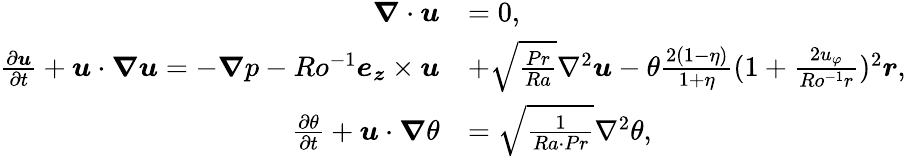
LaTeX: \begin{array}{rl}{\boldsymbol{\nabla}\cdot\boldsymbol{u}}&{=0,}\\ {\frac{\partial\boldsymbol{u}}{\partial t}+\boldsymbol{u}\cdot\boldsymbol{\nabla u}=-\boldsymbol{\nabla}p-Ro^{-1}\boldsymbol{e_{z}}\times\boldsymbol{u}}&{+\sqrt{\frac{Pr}{Ra}}\nabla^{2}\boldsymbol{u}-\theta\frac{2(1-\eta)}{1+\eta}(1+\frac{2u_{\varphi}}{Ro^{-1}r})^{2}\boldsymbol{r},}\\ {\frac{\partial\theta}{\partial t}+\boldsymbol{u}\cdot\boldsymbol{\nabla}\theta}&{=\sqrt{\frac{1}{Ra\cdot Pr}}\nabla^{2}\theta,}\end{array}